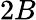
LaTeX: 2B